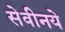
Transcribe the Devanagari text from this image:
सेवीनये